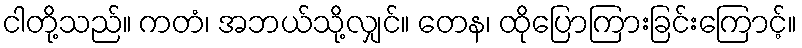
ငါတို့သည်။ ကတံ၊ အဘယ်သို့လျှင်။ တေန၊ ထိုပြောကြားခြင်းကြောင့်။